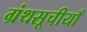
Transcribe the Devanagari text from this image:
ग्रंथसूचीयाँ